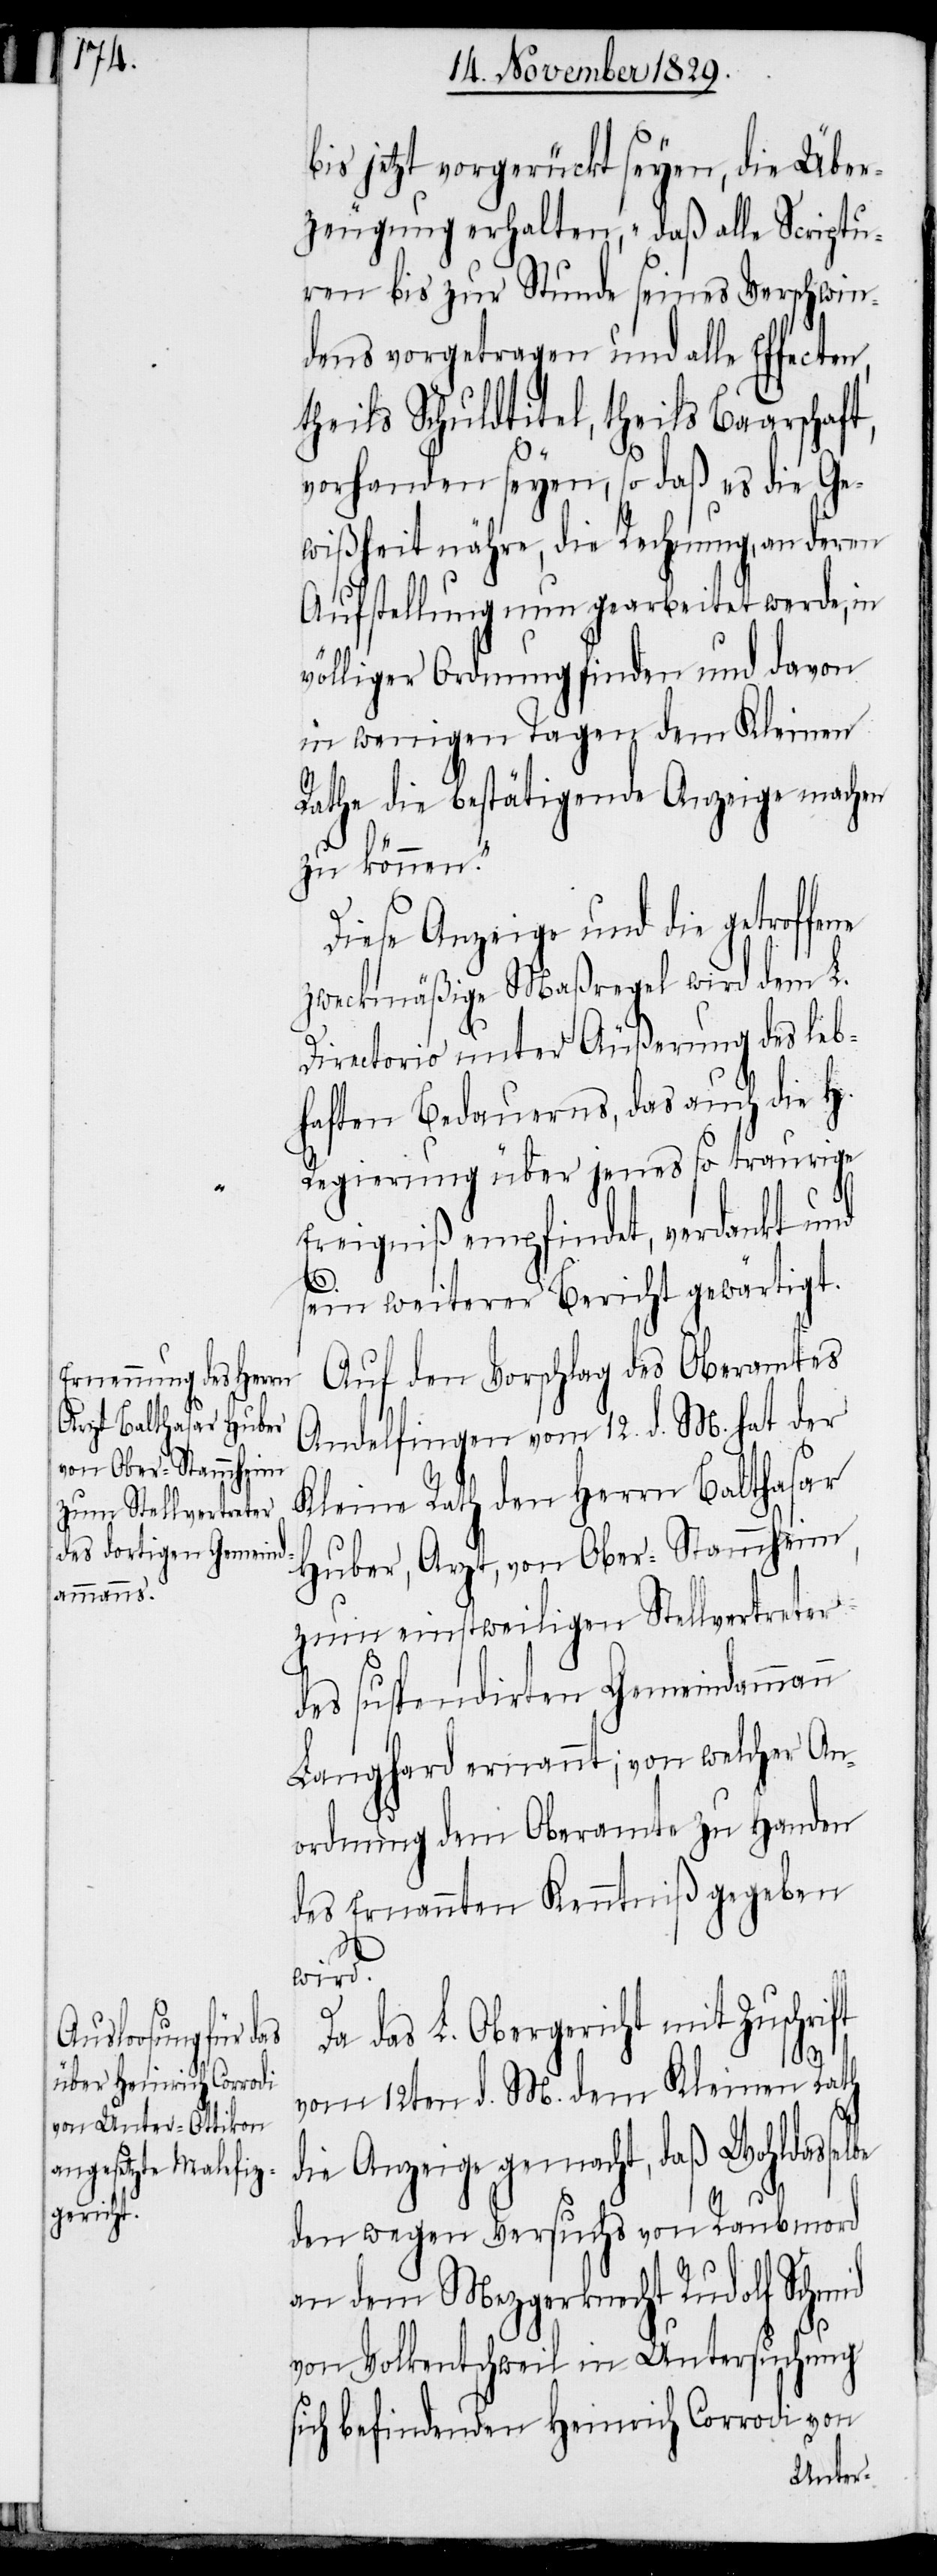
bis jetzt vorgerückt seyen, die Über¬
zeugung erhalten, „daß alle Scriptu¬
ren bis zur Stunde seines Verschwin¬
dens vorgetragen und alle Effecten,
theils Schuldtitel, theils Baarschaf¬
vorhanden seyen, so daß es die Ge¬
wißheit nähre, die Rechnung, an deren
Aufstellung nun gearbeitet werde, in
völliger Ordnung finden und davon
in wenigen Tagen dem Kleinen
Rathe die bestätigende Anzeige machen
zu können.“
Diese Anzeige und die getrof¬
zweckmäßige Maßregel wird dem L.
Directorio unter Äußerung des leb¬
haften Bedauerns, das auch die H.
Regierung über jenes so traurige
Ereigniß empfindet, verdankt und
sein weiterer Bericht gewärtigt.
Auf den Vorschlag des Oberamtes
Andelfingen vom 12. d. M. hat der
Kleine Rath den Herrn Balthasar
Huber, Arzt, von Ober-Stammheim,
zum einstweiligen Stellvertreter
des suspendirten Gemeindammann
Langhard ernannt; von welcher An¬
ordnung dem Oberamte zu Handen
des Ernannten Kenntniß gegeben
be
Da das L. Obergericht mit Zuschrift
t,
vom 12ten d. M. dem Kleinen Rath
die Anzeige gemacht, daß Wohldassel¬
den wegen Versuchs von Raubmord
an dem Mezgerknecht Rudolf Schmid
von Volkentschweil in Untersuchung
sich befindenden Heinrich Corrodi von